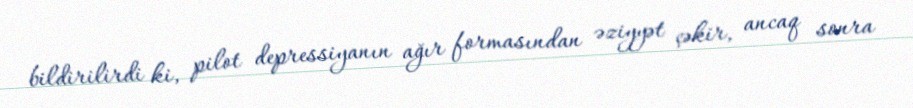
bildirilirdi ki, pilot depressiyanın ağır formasından əziyyət çəkir, ancaq sonra